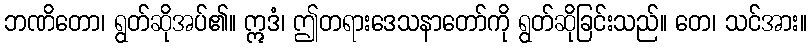
ဘဏိတော၊ ရွတ်ဆိုအပ်၏။ ဣဒံ၊ ဤတရားဒေသနာတော်ကို ရွတ်ဆိုခြင်းသည်။ တေ၊ သင်အား။